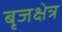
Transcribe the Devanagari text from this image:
बृजक्षेत्र